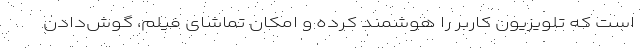
است که تلویزیون کاربر را هوشمند کرده و امکان تماشای فیلم، گوش‌دادن